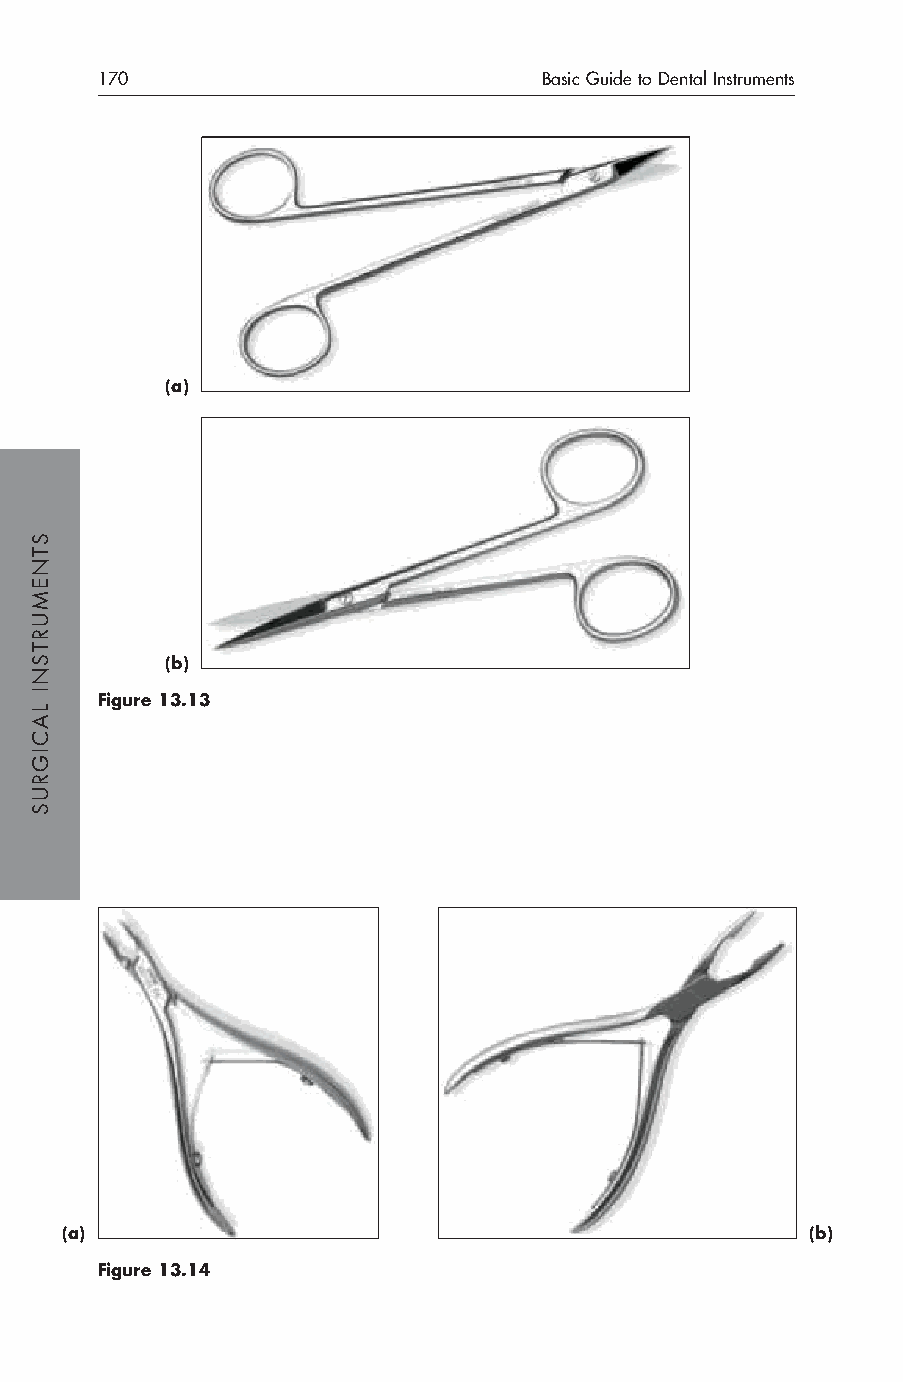
170                           Basic Guide to Dental Instruments
 (a)
 (b)
 Figure 13.13
 (a)                                               (b)
 Figure 13.14
 STNEMURTSNI
 LACIGRUS